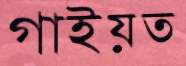
গাইয়ত